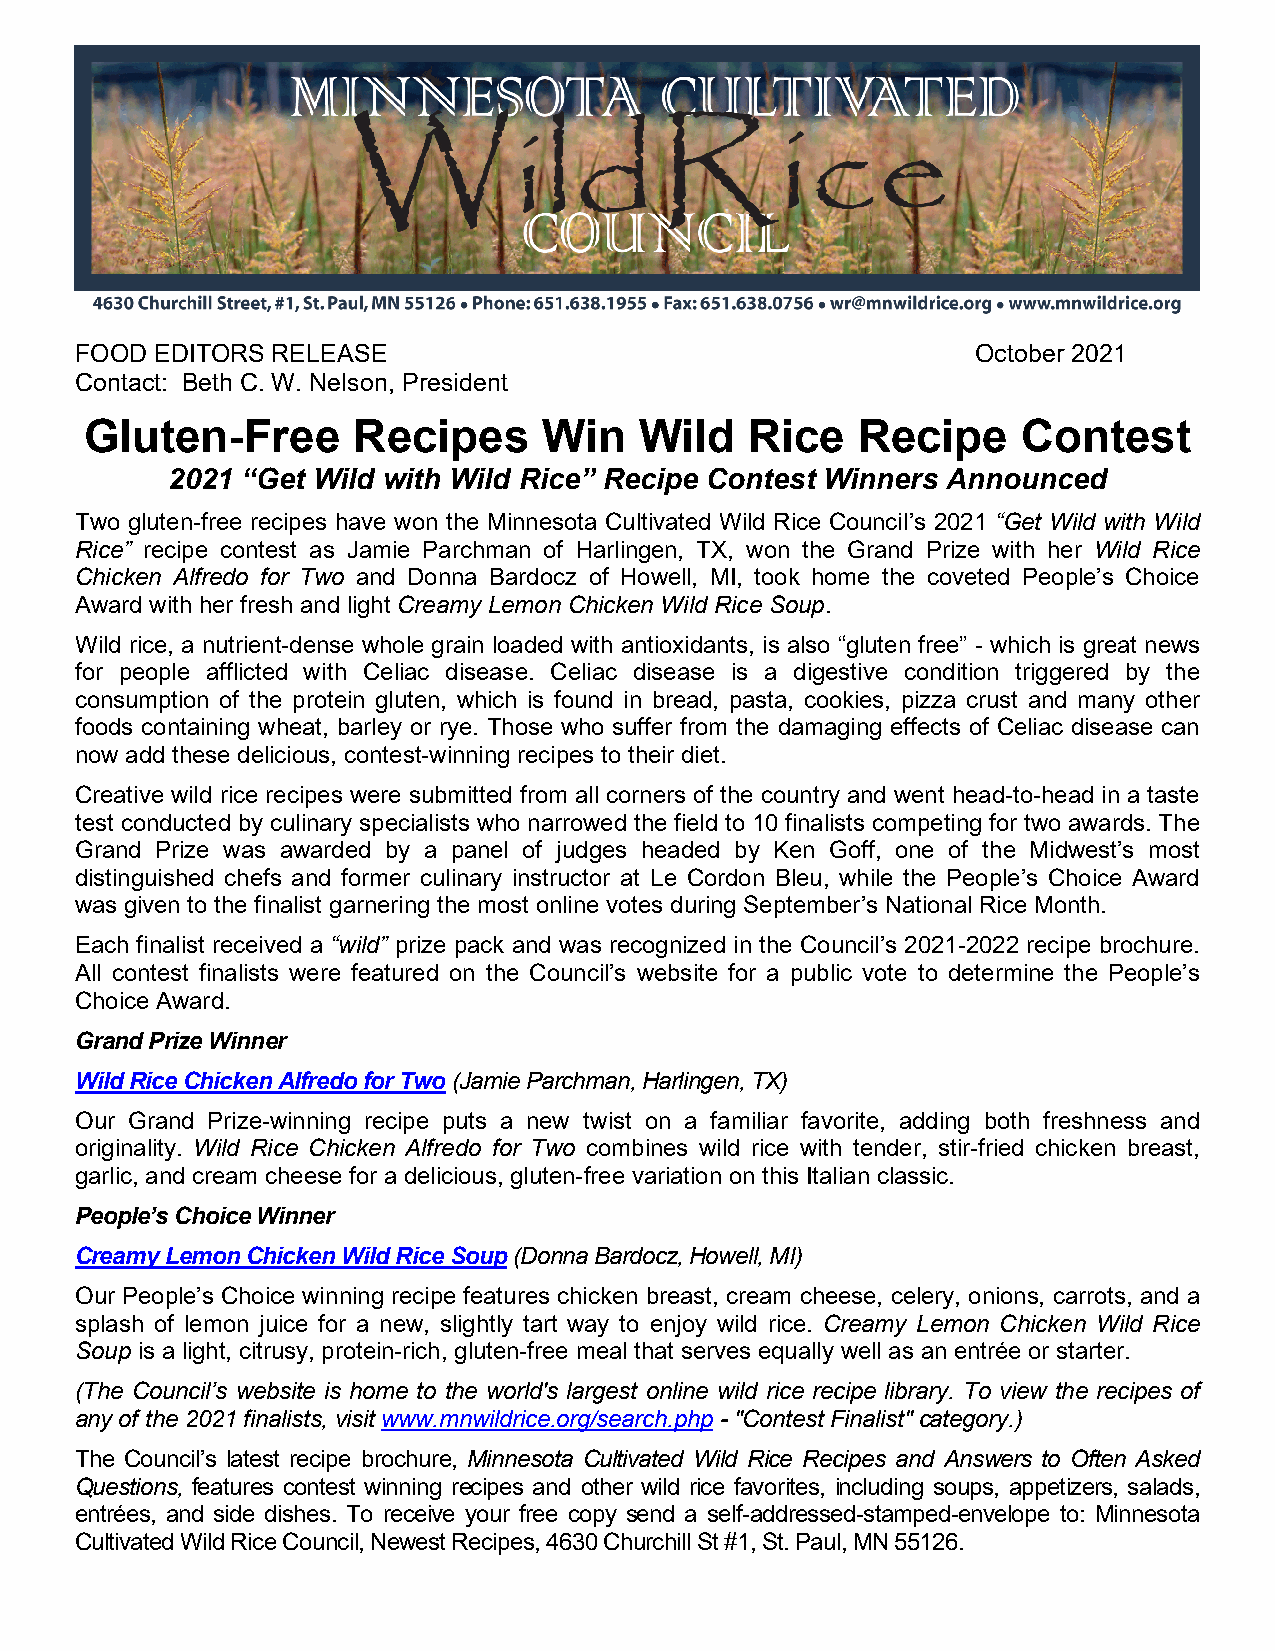
FOOD EDITORS RELEASE                                        October 2021
 Contact: Beth C. W. Nelson, President
 Gluten-Free      Recipes      Win   Wild    Rice   Recipe     Contest
 2021 “Get Wild with Wild Rice” Recipe Contest Winners Announced
 Two gluten-free recipes have won the Minnesota Cultivated Wild Rice Council’s 2021 “Get Wild with Wild
 Rice” recipe contest as Jamie Parchman of Harlingen, TX, won the Grand Prize with her Wild Rice
 Chicken Alfredo for Two and Donna Bardocz of Howell, MI, took home the coveted People’s Choice
 Award with her fresh and light Creamy Lemon Chicken Wild Rice Soup.
 Wild rice, a nutrient-dense whole grain loaded with antioxidants, is also “gluten free” - which is great news
 for people afflicted with Celiac disease. Celiac disease is a digestive condition triggered by the
 consumption of the protein gluten, which is found in bread, pasta, cookies, pizza crust and many other
 foods containing wheat, barley or rye. Those who suffer from the damaging effects of Celiac disease can
 now add these delicious, contest-winning recipes to their diet.
 Creative wild rice recipes were submitted from all corners of the country and went head-to-head in a taste
 test conducted by culinary specialists who narrowed the field to 10 finalists competing for two awards. The
 Grand Prize was awarded by a panel of judges headed by Ken Goff, one of the Midwest’s most
 distinguished chefs and former culinary instructor at Le Cordon Bleu, while the People’s Choice Award
 was given to the finalist garnering the most online votes during September’s National Rice Month.
 Each finalist received a “wild” prize pack and was recognized in the Council’s 2021-2022 recipe brochure.
 All contest finalists were featured on the Council’s website for a public vote to determine the People’s
 Choice Award.
 Grand Prize Winner
 Wild Rice Chicken Alfredo for Two (Jamie Parchman, Harlingen, TX)
 Our Grand Prize-winning recipe puts a new twist on a familiar favorite, adding both freshness and
 originality. Wild Rice Chicken Alfredo for Two combines wild rice with tender, stir-fried chicken breast,
 garlic, and cream cheese for a delicious, gluten-free variation on this Italian classic.
 People’s Choice Winner
 Creamy Lemon Chicken Wild Rice Soup (Donna Bardocz, Howell, MI)
 Our People’s Choice winning recipe features chicken breast, cream cheese, celery, onions, carrots, and a
 splash of lemon juice for a new, slightly tart way to enjoy wild rice. Creamy Lemon Chicken Wild Rice
 Soup is a light, citrusy, protein-rich, gluten-free meal that serves equally well as an entrée or starter.
 (The Council’s website is home to the world's largest online wild rice recipe library. To view the recipes of
 any of the 2021 finalists, visit www.mnwildrice.org/search.php - "Contest Finalist" category.)
 The Council’s latest recipe brochure, Minnesota Cultivated Wild Rice Recipes and Answers to Often Asked
 Questions, features contest winning recipes and other wild rice favorites, including soups, appetizers, salads,
 entrées, and side dishes. To receive your free copy send a self-addressed-stamped-envelope to: Minnesota
 Cultivated Wild Rice Council, Newest Recipes, 4630 Churchill St #1, St. Paul, MN 55126.